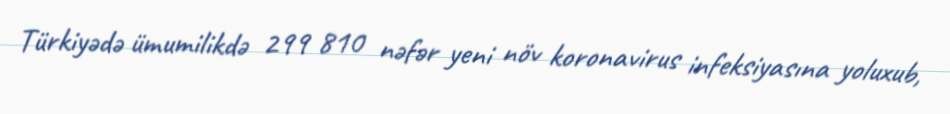
Türkiyədə ümumilikdə 299 810 nəfər yeni növ koronavirus infeksiyasına yoluxub,